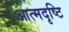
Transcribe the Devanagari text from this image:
आत्मदृष्टि